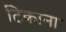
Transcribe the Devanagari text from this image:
टिकाना